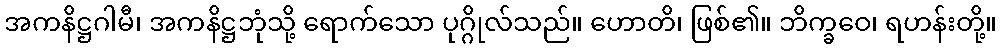
အကနိဋ္ဌဂါမီ၊ အကနိဋ္ဌဘုံသို့ ရောက်သော ပုဂ္ဂိုလ်သည်။ ဟောတိ၊ ဖြစ်၏။ ဘိက္ခဝေ၊ ရဟန်းတို့။